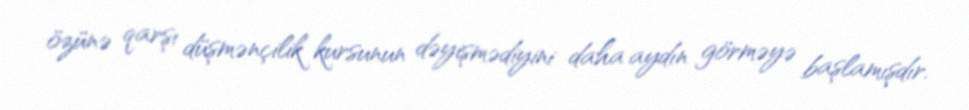
özünə qarşı düşmənçilik kursunun dəyişmədiyini daha aydın görməyə başlamışdır.